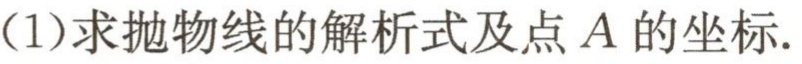
（1）求抛物线的解析式及点\(A\)的坐标.